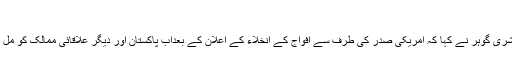
“
عوامی نیشنل پارٹی کی رکن پارلیمنٹ بشریٰ گوہر نے کہا کہ امریکی صدر کی طرف سے افواج کے انخلاء کے اعلان کے بعداب پاکستان اور دیگر علاقائی ممالک کو مل کر خطے کے مسائل کو حل نکالنا ہوگا۔